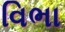
વિભા